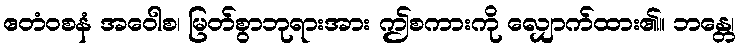
ဧတံဝစနံ အဝေါစ၊ မြတ်စွာဘုရားအား ဤစကားကို လျှောက်ထား၏။ ဘန္တေ၊